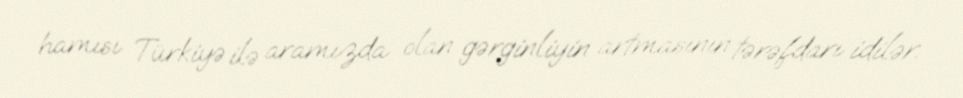
hamısı Türkiyə ilə aramızda olan gərginliyin artmasının tərəfdarı idilər.